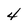
Character: 4